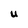
Character: U